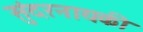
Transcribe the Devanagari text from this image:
सुंदरनायकी